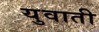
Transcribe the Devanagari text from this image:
युवाती